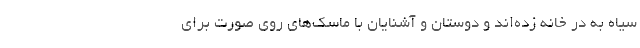
سیاه به در خانه زده‌اند و دوستان و آشنایان با ماسک‌های روی صورت برای